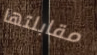
مقابلتها